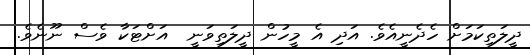
ދީލަތިކަމަށް ހެދެނީއެވެ. އަދި އެ މީހުން ދީލަތިވަނީ  އަށްޓަކާ ވެސް ނޫނެވެ.